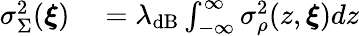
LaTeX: \begin{array}{rl}{\sigma_{\Sigma}^{2}(\boldsymbol{\xi})}&{{}=\lambda_{\mathrm{dB}}\int_{-\infty}^{\infty}\sigma_{\rho}^{2}(z,\boldsymbol{\xi})dz}\end{array}